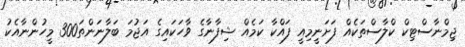
ޖިމްނާސްޓިކް ކްލާސްތަކެއް ފަށަނީމިއީ ފައްކާ ކަމެއް ޝިފާނާގެ ވާހަަކައިގެ އަޖުމަ ބަލާނަންތަ300 މީހުންނާއެކު